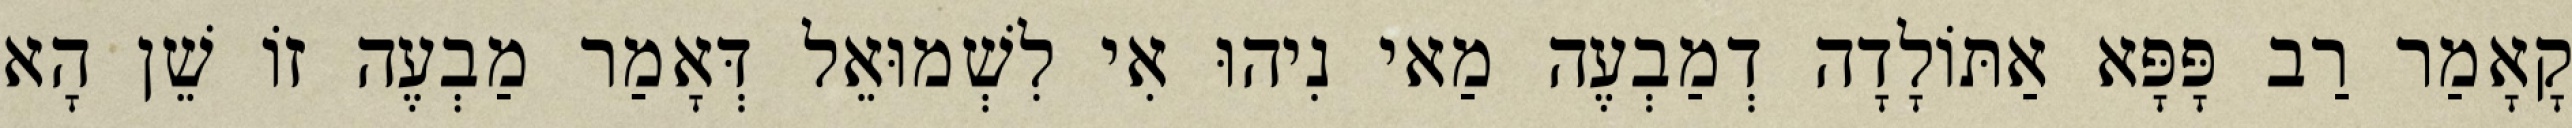
קָאָמַר רַב פָּפָּא אַתּוֹלָדָה דְמַבְעֶה מַאי נִיהוּ אִי לִשְׁמוּאֵל דְּאָמַר מַבְעֶה זוֹ שֵׁן הָא